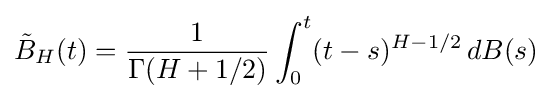
{\tilde {B}}_{H}(t)={\frac {1}{\Gamma (H+1/2)}}\int _{0}^{t}(t-s)^{H-1/2}\,dB(s)